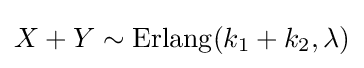
X+Y\sim \operatorname {Erlang} (k_{1}+k_{2},\lambda )